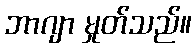
ဘာဂျာ မှုတ်သည်။